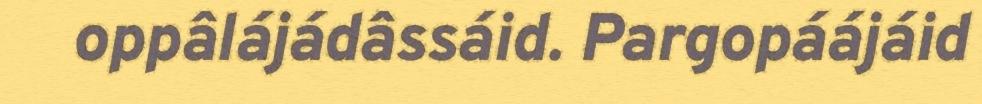
oppâlájádâssáid. Pargopáájáid